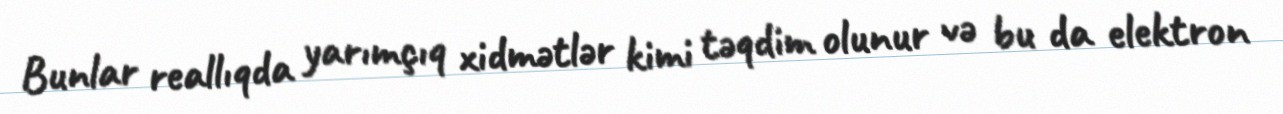
Bunlar reallıqda yarımçıq xidmətlər kimi təqdim olunur və bu da elektron